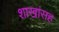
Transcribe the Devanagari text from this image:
शाखांसह